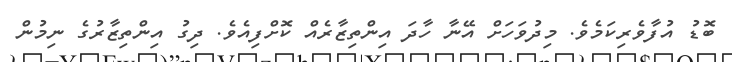
ބޮޑު އުފާވެރިކަމެވެ. މިދުވަހަށް އޭނާ ހާދަ އިންތިޒާރެއް ކޮށްފިއެވެ. ދިގު އިންތިޒާރުގެ ނިމުން